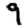
Digit: 9